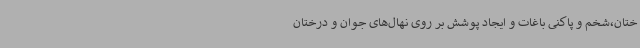
ختان،شخم و پاکنی باغات و ایجاد پوشش بر روی نهال‌های جوان و درختان